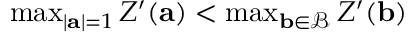
\begin{array} { r } { \operatorname* { m a x } _ { | \mathbf { a } | = 1 } Z ^ { \prime } ( \mathbf { a } ) < \operatorname* { m a x } _ { \mathbf { b } \in \mathcal { B } } Z ^ { \prime } ( \mathbf { b } ) } \end{array}